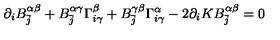
\partial _ { i } B _ { \bar { j } } ^ { \alpha \beta } + B _ { \bar { j } } ^ { \alpha \gamma } \Gamma _ { i \gamma } ^ { \beta } + B _ { \bar { j } } ^ { \gamma \beta } \Gamma _ { i \gamma } ^ { \alpha } - 2 \partial _ { i } K B _ { \bar { j } } ^ { \alpha \beta } = 0